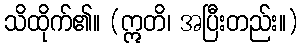
သိထိုက်၏။ (ဣတိ၊ အပြီးတည်း။)